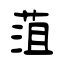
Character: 菹